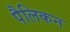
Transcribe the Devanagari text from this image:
पैलिकन